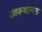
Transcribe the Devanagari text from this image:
दंतकथात्मक